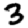
Digit: 3